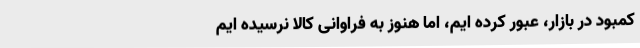
کمبود در بازار، عبور کرده ایم، اما هنوز به فراوانی کالا نرسیده ایم